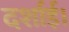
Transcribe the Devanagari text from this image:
दर्शाई।